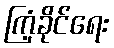
ကြံ့ခိုင်ရေး